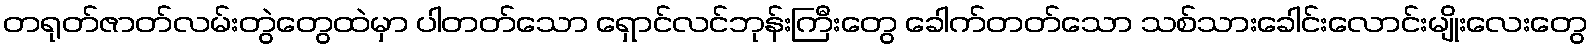
တရုတ်ဇာတ်လမ်းတွဲတွေထဲမှာ ပါတတ်သော ရှောင်လင်ဘုန်းကြီးတွေ ခေါက်တတ်သော သစ်သားခေါင်းလောင်းမျိုးလေးတွေ